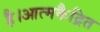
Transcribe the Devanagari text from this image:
है।आत्मकैद्रित